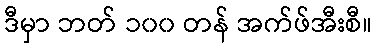
ဒီမှာ ဘတ် ၁၀၀ တန် အက်ဖ်အီးစီ။